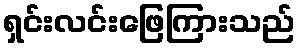
ရှင်းလင်းဖြေကြားသည်